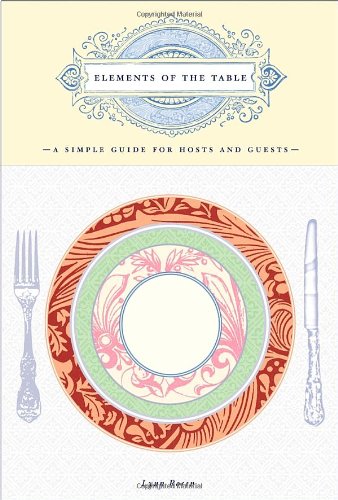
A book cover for Elements of the Table: A Simple Guide for Hosts and Guests; Lynn Rosen; Cookbooks, Food & Wine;